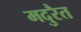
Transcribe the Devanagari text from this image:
मदुरैत